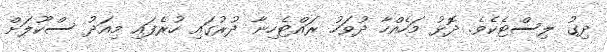
ދިގު ލިސްޓެކެވެ. ދޮޅު މަހެއްހާ ދުވަހު ރައްޓެހިނާ ދުރުގައި ހުރެފައި މިއަދު ސްކޫލަށް